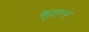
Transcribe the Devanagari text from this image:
क्युहल